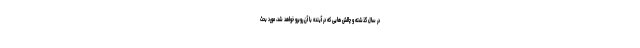
در سال گذشته و چالش هایی که در آینده با آن روبرو خواهد شد، مورد بحث